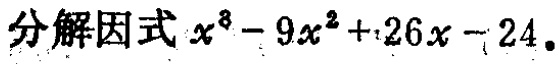
分解因式\(x^{3}-9x^{2}+26x - 24\)。